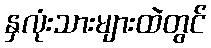
နှလုံးသားများထဲတွင်